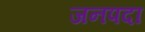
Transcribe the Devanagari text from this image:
जनपदा